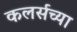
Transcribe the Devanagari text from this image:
कलर्सच्या